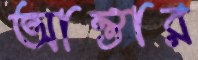
আন্তার